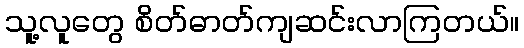
သူ့လူတွေ စိတ်ဓာတ်ကျဆင်းလာကြတယ်။